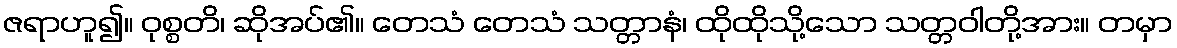
ဇရာဟူ၍။ ဝုစ္စတိ၊ ဆိုအပ်၏။ တေသံ တေသံ သတ္တာနံ၊ ထိုထိုသို့သော သတ္တဝါတို့အား။ တမှာ